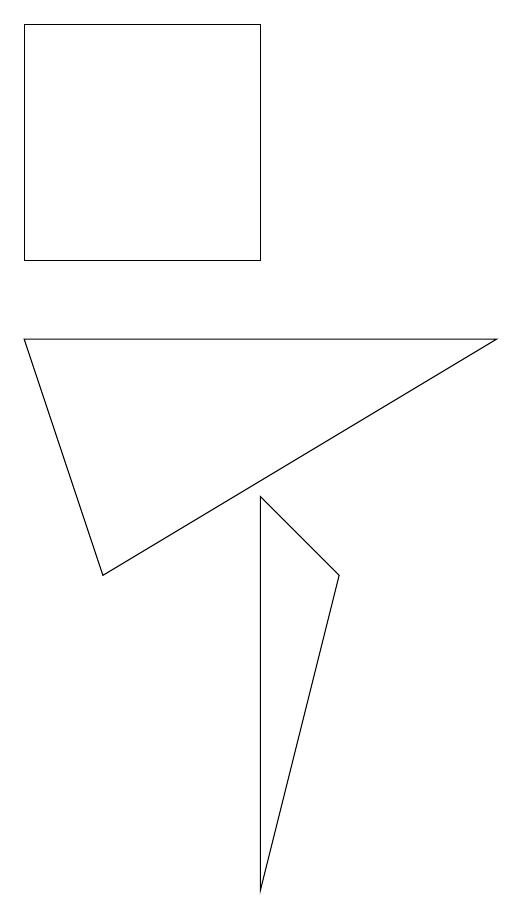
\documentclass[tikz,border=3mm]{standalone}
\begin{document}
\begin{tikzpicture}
\draw (0,10) rectangle (3,13);
\draw (0,9) -- (6,9) -- (1,6) -- cycle;
\draw (3,2) -- (3,7) -- (4,6) -- cycle;
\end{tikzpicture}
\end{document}